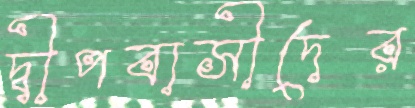
দ্বীপবাসীদের